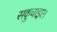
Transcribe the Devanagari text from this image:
सकुचाइए।